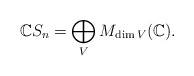
\begin{align*}\mathbb{C} S_n=\bigoplus_V M_{\dim V}(\mathbb{C}). \end{align*}